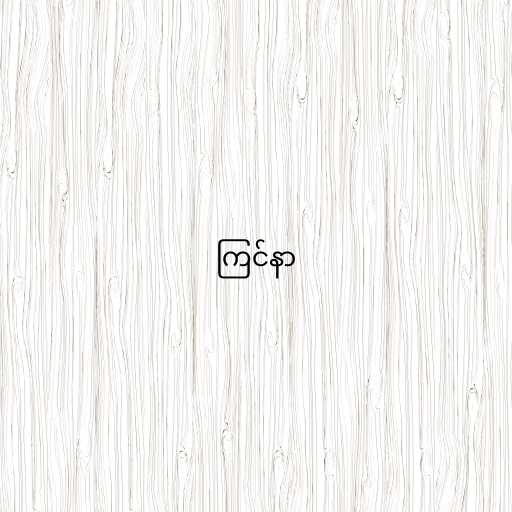
ကြင်နာ